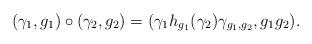
LaTeX: \begin{align*}(\gamma_1,g_1)\circ (\gamma_2,g_2)=(\gamma_1 h_{g_1}(\gamma_2) \gamma_{g_1,g_2}, g_1g_2).\end{align*}